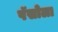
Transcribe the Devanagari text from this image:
पॅसोला